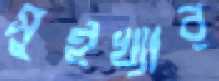
সুইখ্যার